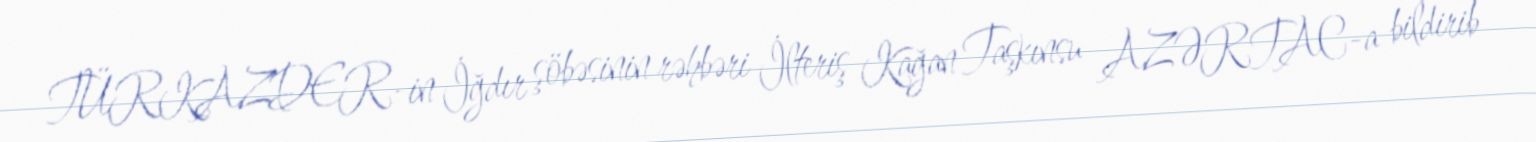
TÜRKAZDER-in İğdır şöbəsinin rəhbəri İlteriş Kağan Taşkınsu AZƏRTAC-a bildirib